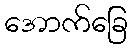
အောက်ခြေ